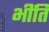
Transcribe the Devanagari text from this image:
भींति